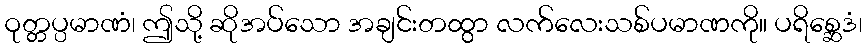
ဝုတ္တပ္ပမာဏံ၊ ဤသို့ ဆိုအပ်သော အချင်းတထွာ လက်လေးသစ်ပမာဏကို။ ပရိစ္ဆေဒံ၊